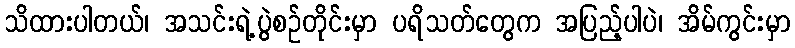
သိထားပါတယ်၊ အသင်းရဲ့ပွဲစဉ်တိုင်းမှာ ပရိသတ်တွေက အပြည့်ပါပဲ၊ အိမ်ကွင်းမှာ